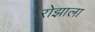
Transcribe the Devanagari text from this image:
रोझाला